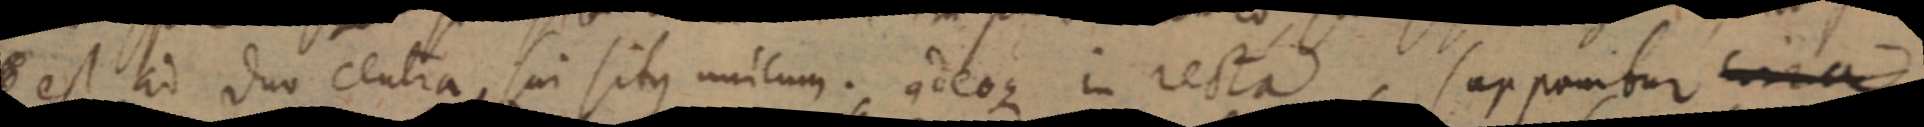
est ad duo centra, sui situs unicum. adeoque in recta, sapponibur cira